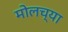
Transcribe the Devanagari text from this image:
मोलच्या